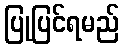
ပြုပြင်ရမည်